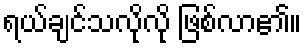
ရယ်ချင်သလိုလို ဖြစ်လာ၏။